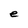
Character: e